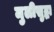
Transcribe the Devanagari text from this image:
मुलीसुद्धा